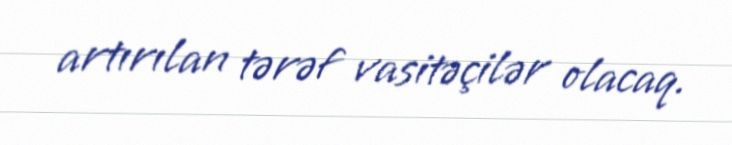
artırılan tərəf vasitəçilər olacaq.